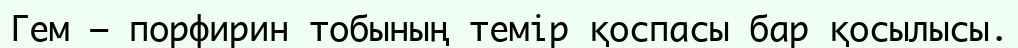
Гем — порфирин тобының темір қоспасы бар қосылысы.